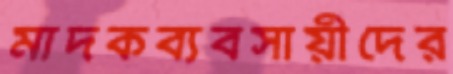
মাদকব্যবসায়ীদের